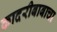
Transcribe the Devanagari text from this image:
कादरीबाबाचा